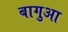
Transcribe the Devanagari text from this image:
बागुआ